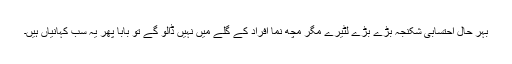
بہر حال احتسابی شکنجہ بڑے بڑے لٹیرے مگر مچھ نما افراد کے گلے میں نہیں ڈالو گے تو بابا پھر یہ سب کہانیاں ہیں۔